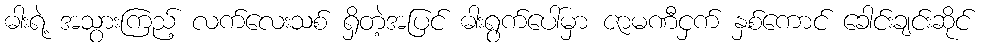
ဓါးရဲ့ အသွားကြည့် လက်လေးသစ် ရှိတဲ့အပြင် ဓါးရွက်ပေါ်မှာ ဇာမဏီငှက် နှစ်ကောင် ခေါင်းချင်းဆိုင်